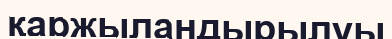
қаржыландырылуы